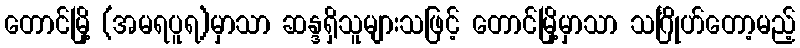
တောင်မြို့ (အမရပူရ)မှာသာ ဆန္ဒရှိသူများသဖြင့် တောင်မြို့မှာသာ သင်္ဂြိုဟ်တော့မည့်